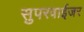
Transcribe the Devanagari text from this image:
सुपरवाईजर